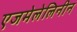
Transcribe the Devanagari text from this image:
एजमेलेलिनीन